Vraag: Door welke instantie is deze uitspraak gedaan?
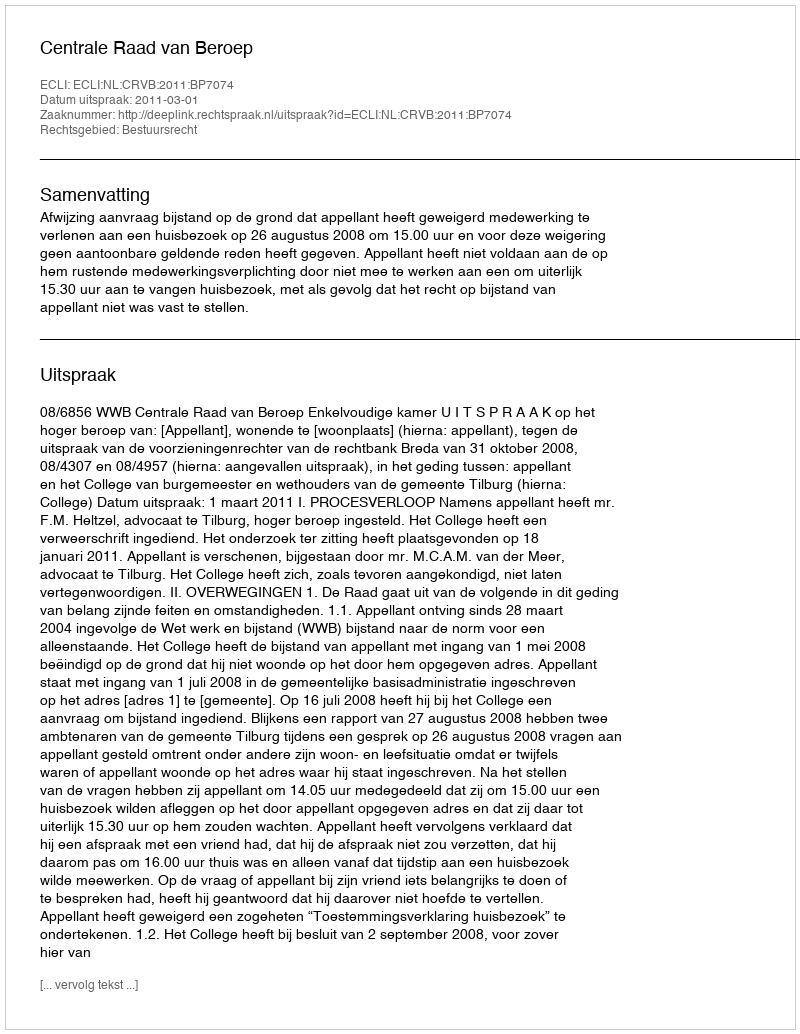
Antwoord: Centrale Raad van Beroep